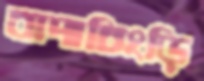
বাদাচিংড়ি